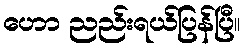
ဟော ညည်းရယ်ပြန်ပြီ။